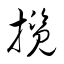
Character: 擥